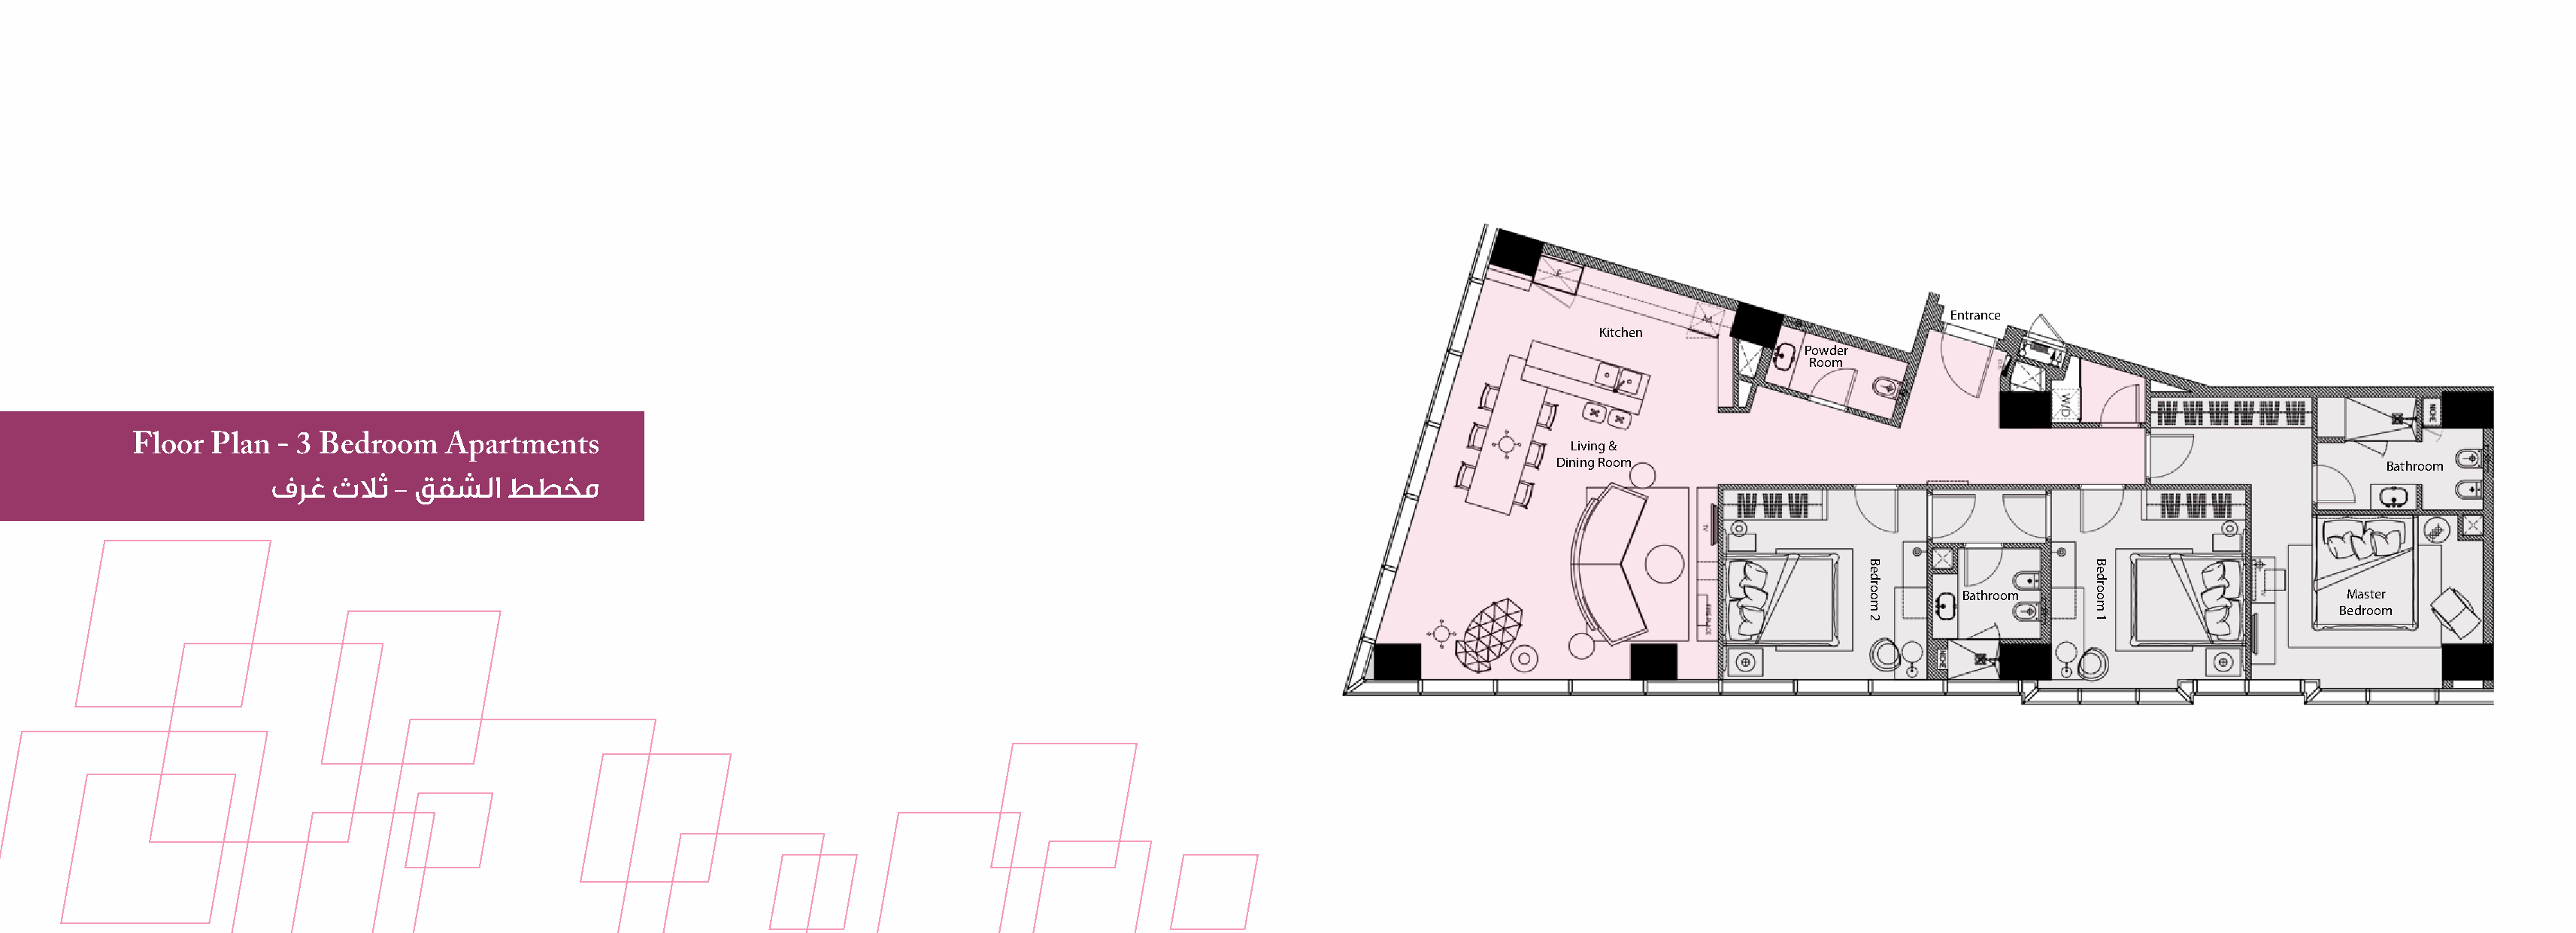
Entrance
 Kitchen
 Powder
 Room
 Floor  Plan - 3 Bedroom    Apartments                                                                                         Living &
 Dining Room                                                              Bathroom
 فرغ  ثلاث  - ققشلا   ططخم
 Bathroom                          Master
 Bedroom
 Bedroom
 2
 Bedroom
 1